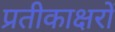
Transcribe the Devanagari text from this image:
प्रतीकाक्षरों